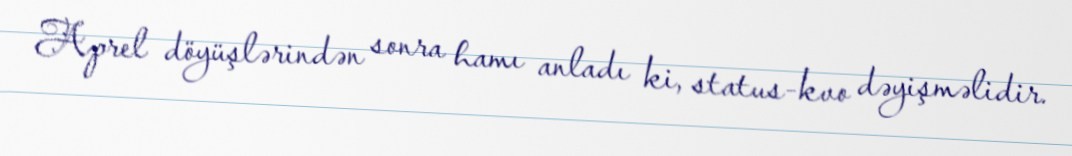
Aprel döyüşlərindən sonra hamı anladı ki, status-kvo dəyişməlidir.